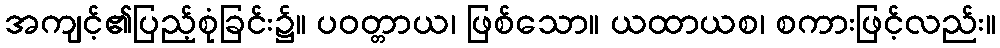
အကျင့်၏ပြည့်စုံခြင်း၌။ ပဝတ္တာယ၊ ဖြစ်သော။ ယထာယစ၊ စကားဖြင့်လည်း။